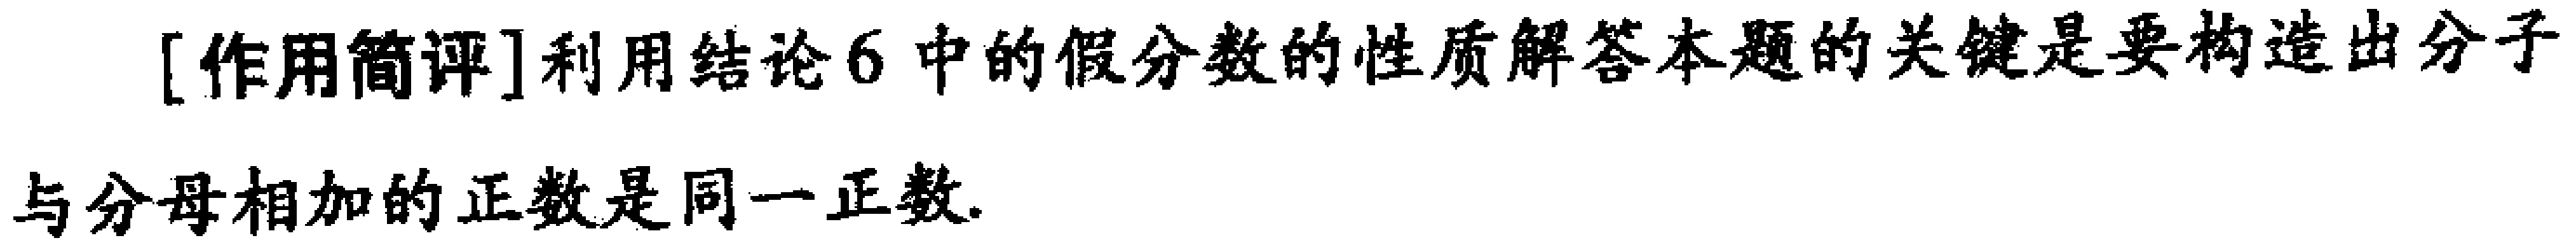
[作用简评]利用结论6中的假分数的性质解答本题的关键是要构造出分子与分母相加的正数是同一正数.